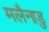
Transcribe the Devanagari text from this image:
मलैनाडु